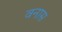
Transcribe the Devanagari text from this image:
वनास